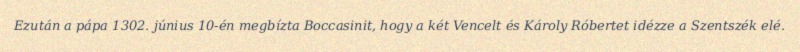
Ezután a pápa 1302. június 10-én megbízta Boccasinit, hogy a két Vencelt és Károly Róbertet idézze a Szentszék elé.